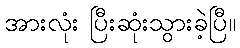
အားလုံး ပြီးဆုံးသွားခဲ့ပြီ။